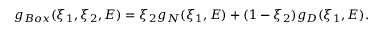
g _ { B o x } ( \xi _ { 1 } , \xi _ { 2 } , E ) = \xi _ { 2 } g _ { N } ( \xi _ { 1 } , E ) + ( 1 - \xi _ { 2 } ) g _ { D } ( \xi _ { 1 } , E ) .